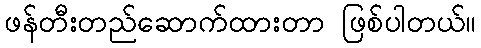
ဖန်တီးတည်ဆောက်ထားတာ ဖြစ်ပါတယ်။